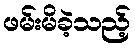
ဖမ်းမိခဲ့သည့်